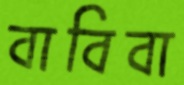
বাবিবা